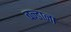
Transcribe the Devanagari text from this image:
बन्डाना